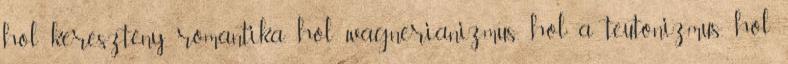
hol keresztény romantika, hol wagnerianizmus, hol a teutonizmus, hol